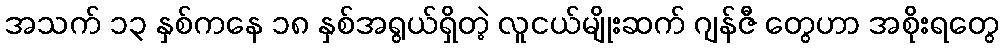
အသက် ၁၃ နှစ်ကနေ ၁၈ နှစ်အရွယ်ရှိတဲ့ လူငယ်မျိုးဆက် ဂျန်ဇီ တွေဟာ အစိုးရတွေ